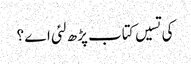
کی تسیں کتاب پڑھ لئی اے ؟